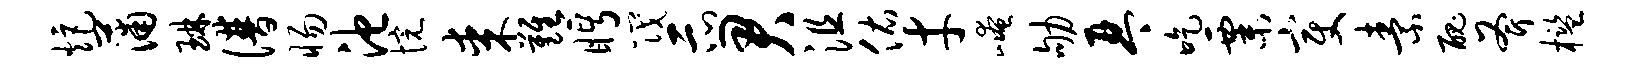
炬蒲琳谱惕池惋某难眄筏示君沮佑才崦劬琴吃粟变素丑斧槛